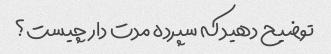
توضیح دهید که سپرده مدت دار چیست؟